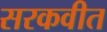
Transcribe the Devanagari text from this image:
सरकवीत